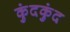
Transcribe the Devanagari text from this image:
कुंदकुंद